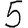
Digit: 5